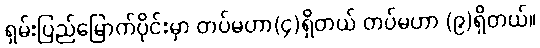
ရှမ်းပြည်မြောက်ပိုင်းမှာ တပ်မဟာ(၄)ရှိတယ် တပ်မဟာ (၉)ရှိတယ်။